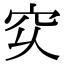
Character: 𥤳